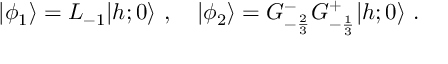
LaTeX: \vert \phi _ { 1 } \rangle = L _ { - 1 } \vert { h ; 0 } \rangle { } ~ , { } ~ { } ~ { } ~ \vert \phi _ { 2 } \rangle = G _ { - { \frac { 2 } { 3 } } } ^ { - } G _ { - { \frac { 1 } { 3 } } } ^ { + } \vert { h ; 0 } \rangle { } ~ .